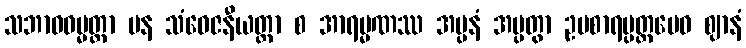
သဘာဝဓမ္မတ္တာ ပန သံဝေဇနီယတ္တာ စ အာရမ္မဏဿ အပ္ပနံ အပ္ပတွာ ဥပစာရပ္ပတ္တမေဝ ဈာနံ